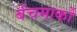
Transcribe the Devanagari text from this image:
बेंचमार्कों